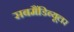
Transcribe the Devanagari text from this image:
सबमैंडिब्यूलर